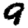
Digit: 9